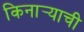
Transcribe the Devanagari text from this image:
किनार्‍याची